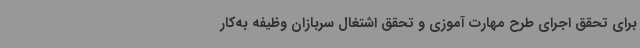
برای تحقق اجرای طرح مهارت آموزی و تحقق اشتغال سربازان وظیفه به‌کار